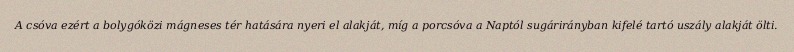
A csóva ezért a bolygóközi mágneses tér hatására nyeri el alakját, míg a porcsóva a Naptól sugárirányban kifelé tartó uszály alakját ölti.